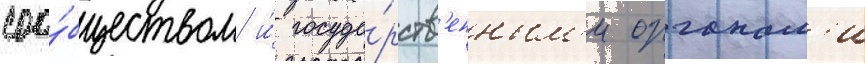
соо́бществом и́ госуда́рств'енным'и органам'и